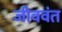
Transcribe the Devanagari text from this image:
जीववंत